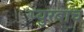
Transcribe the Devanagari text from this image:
प्युरबाच